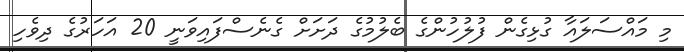
މި މައްސަލައާ ގުޅިގެން ފުލުހުންގެ ބެލުމުގެ ދަށަށް ގެނެސްފައިވަނީ 20 އަހަރުގެ ދިވެހި